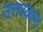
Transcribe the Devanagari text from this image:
उत्तरकाण्द